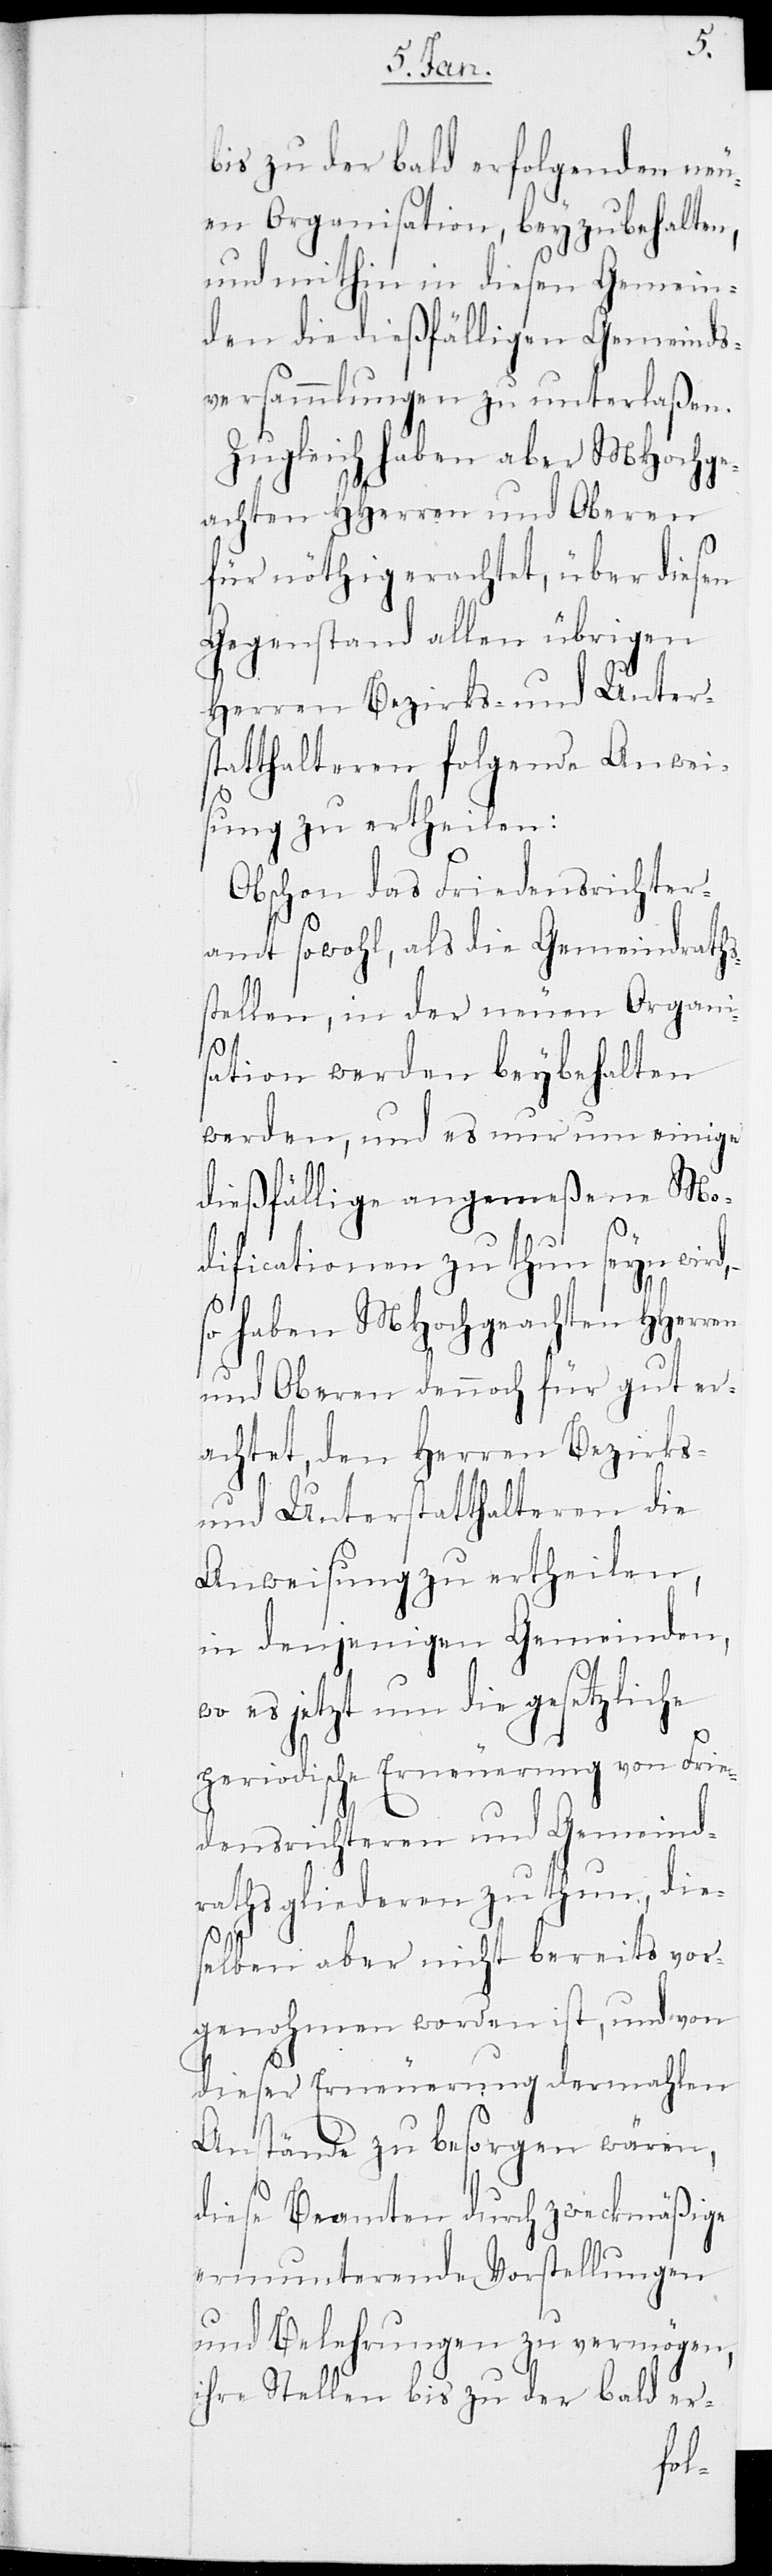
en
bis zu der bald erfolgenden neu¬
en Organisation, beyzubehalten,
und mithin in diesen Gemein¬
den die dießfälligen Gemeinds¬
versammlungen zu unterlaßen.
Zugleich haben aber MHochge¬
achten HHerren und Oberen
für nöthig erachtet, über diesen
Gegenstand allen übrigen
Herren Bezirks- und Unter¬
statthalteren folgende Anwei¬
sung zu ertheilen:
Obschon das Friedensrichter¬
amt sowohl, als die Gemeindraths¬
stellen, in der neuen Organi¬
sation werden beybehalten
werden, und es nur um einige
dießfällige angemeßene Mo¬
dificationen zu thun seyn wird,
so haben MHochgeachten HHerr¬
und Oberen dennoch für gut er¬
achtet, den Herren Bezirks-
und Unterstatthalteren die
Anweisung zu ertheilen,
in denjenigen Gemeinden,
wo es jetzt um die gesetzliche
periodische Erneuerung von Frie¬
densrichteren und Gemeind¬
rathsgliederen zu thun, die¬
selben aber nicht bereits vor¬
genohmen worden ist, und von
dieser Erneuerung dermahlen
Anstände zu besorgen wären,
diese Beamten durch zweckmäßige
ermunterende Vorstellungen
und Belehrungen zu vermögen,
ihre Stellen bis zu der bald er-